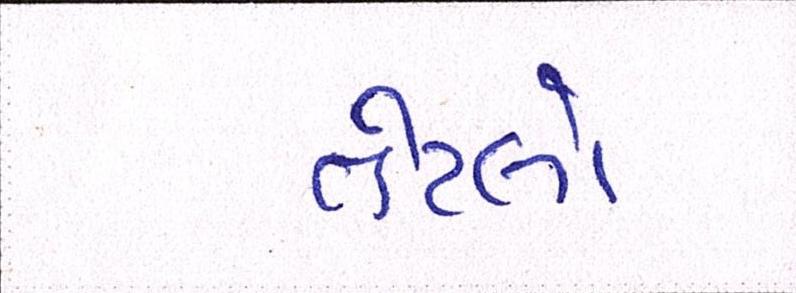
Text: તેટલો